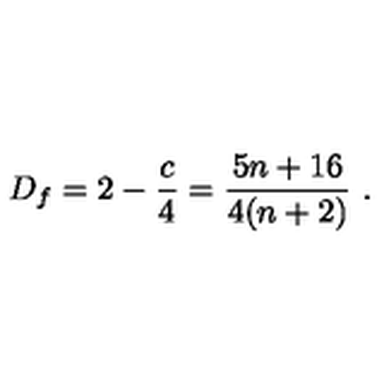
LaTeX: D _ { f } = 2 - { \frac { c } { 4 } } = { \frac { 5 n + 1 6 } { 4 ( n + 2 ) } } \ .